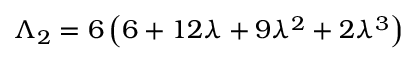
\Lambda _ { 2 } = 6 \left( 6 + 1 2 \lambda + 9 \lambda ^ { 2 } + 2 \lambda ^ { 3 } \right)